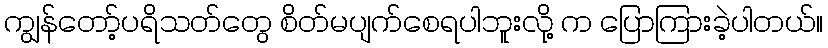
ကျွန်တော့်ပရိသတ်တွေ စိတ်မပျက်စေရပါဘူးလို့ က ပြောကြားခဲ့ပါတယ်။